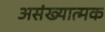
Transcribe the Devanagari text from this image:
असंख्यात्मक